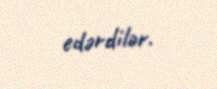
edərdilər.